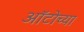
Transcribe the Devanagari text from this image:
ऑटोच्या